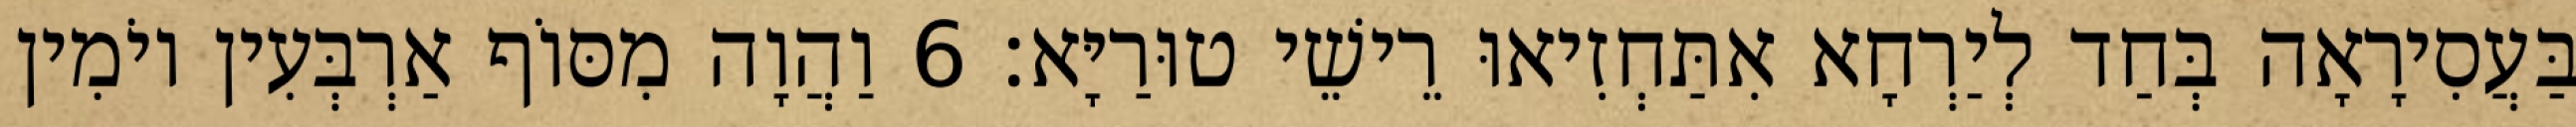
בַּעֲסִירָאָה בְּחַד לְיַרְחָא אִתַּחְזִיאוּ רֵישֵׁי טוּרַיָּא׃ 6 וַהֲוָה מִסּוֹף אַרְבְּעִין יוֹמִין